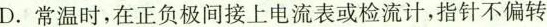
D.常温时，在正负极间接上电流表或检流计，指针不偏转